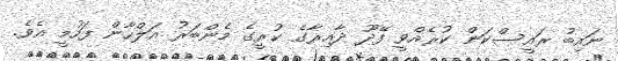
ނައިބު ރައީސްކަން ކުރެއްވީ ފޭދޫ ދާއިރާގެ ކުރީގެ މެންބަރު އަލްހާން ފަހުމީ އެވެ.